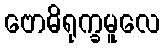
ဗောဓိရုက္ခမူလေ